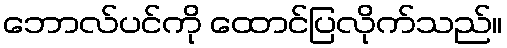
ဘောလ်ပင်ကို ထောင်ပြလိုက်သည်။